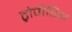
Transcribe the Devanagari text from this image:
ट्रोपीडिंभ